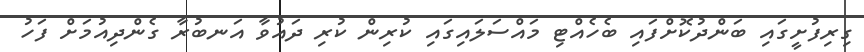
ގިރިފުށީގައި ބަންދުކޮށްފައި ބެހެއްޓި މައްސަލައިގައި ކުރިން ކުރި ދައުވާ އަނބުރާ ގެންދިއުމަށް ފަހު